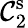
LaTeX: \mathcal{C}_{2}^{\mathrm{s}}